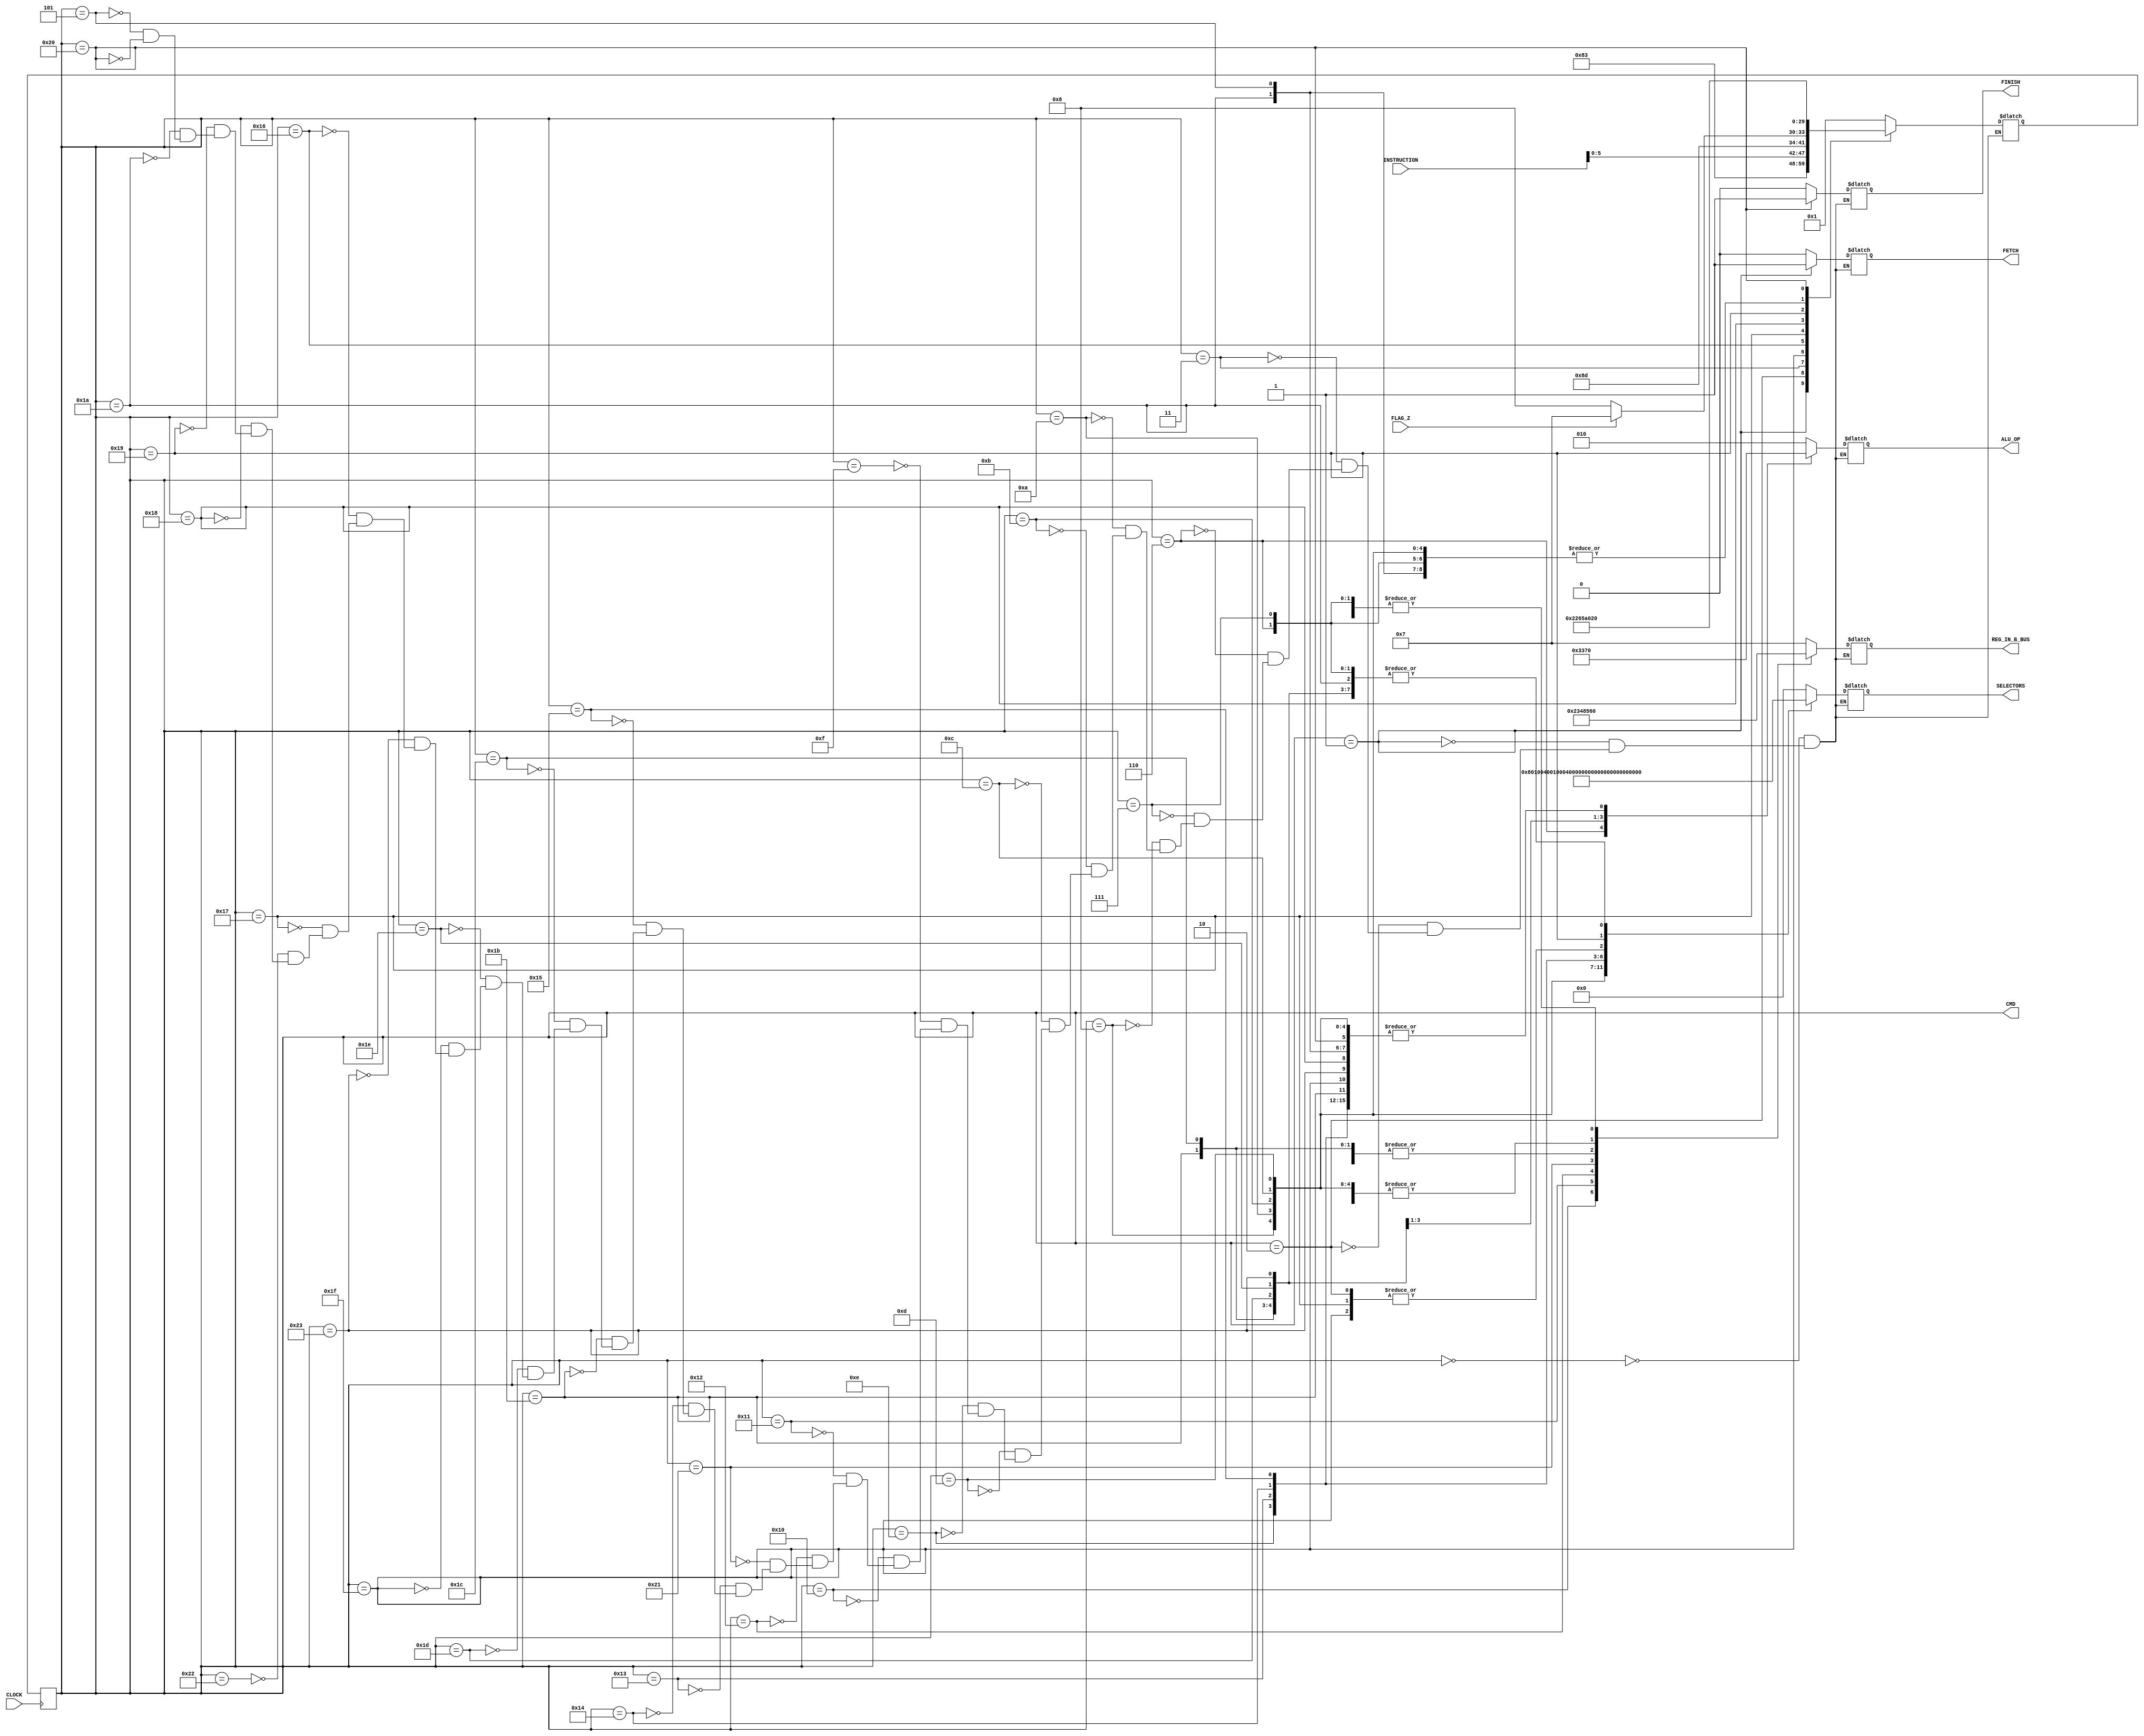
module CONTROL_UNIT
(
    input CLOCK, FLAG_Z,
    input [7:0] INSTRUCTION,
    output reg FETCH, FINISH = 0,
    output [5:0] CMD,
    output reg [3:0] REG_IN_B_BUS,
    output reg [2:0] ALU_OP,
    output reg [12:0] SELECTORS
);

    localparam
    FETCH1 = 6'd0, FETCH2 = 6'd1, FETCH3 = 6'd2, FETCH4 = 6'd3,
    CLAC = 6'd6, LDAC = 6'd7, STAC = 6'd8,
    MVACR = 6'd10, MVACR1 = 6'd11, MVACR2 = 6'd12, MVACTR = 6'd13, MVACAR = 6'd14,
    MVR = 6'd15, MVR1 = 6'd16, MVR2 = 6'd17, MVTR = 6'd18, 
    MVAR = 6'd33,
    INCAR = 6'd19, INCR1 = 6'd20, INCR2 = 6'd21,
   
    JPNZ = 6'd22,
    JPNZY = 6'd23, JPNZY1 = 6'd34,
    JPNZN = 6'd24, JPNZN1 = 6'd25, JPNZN2 = 6'd26,
   
    ADD = 6'd27, SUB = 6'd28, MUL4 = 6'd29, DIV2 = 6'd30,    
    ADDM = 6'd31, ADDM1 = 6'd35,
    
    NOP = 6'd5, END = 6'd32;
    
    localparam
    DATA_FROM_RAM = 4'd0, PC = 4'd1, R1 = 4'd2, R2 = 4'd3, TR = 4'd4,
    R = 4'd5, AC = 4'd6, INSTRUCTIONS = 4'd7, AR = 4'd8;
    
    localparam
    ADDAB = 3'd0, SUBAB = 3'd1, PASS = 3'd2, ZER = 3'd3, MUL4A = 3'd5, DIV2A = 3'd6;
    
    reg [5:0] CONTROL_COMMAND;
    reg [5:0] NEXT_COMMAND = FETCH1;
    
    always @ (negedge CLOCK) CONTROL_COMMAND <= NEXT_COMMAND;
    
    always @ (CONTROL_COMMAND or FLAG_Z or INSTRUCTION)
        case(CONTROL_COMMAND)
            FETCH1: // Checked
                begin
                    FETCH <= 0;
                    FINISH <= 0;
                    REG_IN_B_BUS <= INSTRUCTIONS;
                    ALU_OP <= PASS;
                    SELECTORS <= 13'b0_0000_0000_0000;
                    NEXT_COMMAND <= FETCH2;
                end

            FETCH2: // Checked
                begin
                    FETCH <= 1;
                    FINISH <= 0;
                    REG_IN_B_BUS <= INSTRUCTIONS;
                    ALU_OP <= PASS;
                    SELECTORS <= 13'b0_0000_0000_0000;
                    NEXT_COMMAND <= FETCH3;
                end

            FETCH3: // Checked
                begin
                    FETCH <= 0;
                    FINISH <= 0;
                    REG_IN_B_BUS <= DATA_FROM_RAM;
                    ALU_OP <= PASS;
                    SELECTORS <= 13'b1_0000_0000_0000;
                    NEXT_COMMAND <= FETCH4;
                end

            FETCH4: // Checked
                begin
                    FETCH <= 0;
                    FINISH <= 0;
                    REG_IN_B_BUS <= DATA_FROM_RAM;
                    ALU_OP <= PASS;
                    SELECTORS <= 13'b0_0000_0000_0000;
                    NEXT_COMMAND <= INSTRUCTION[5:0];
                end

            CLAC: // Checked
                begin
                    FETCH <= 0;
                    FINISH <= 0;
                    REG_IN_B_BUS <= DATA_FROM_RAM;
                    ALU_OP <= ZER;
                    SELECTORS <= 13'b0_0000_0000_0010;
                    NEXT_COMMAND <= FETCH1;
                end

            LDAC: // Checked
                begin
                    FETCH <= 0;
                    FINISH <= 0;
                    REG_IN_B_BUS <= DATA_FROM_RAM;
                    ALU_OP <= PASS;
                    SELECTORS <= 13'b0_0000_0000_0010;
                    NEXT_COMMAND <= FETCH1;
                end

            STAC: // Checked
                begin
                    FETCH <= 0;
                    FINISH <= 0;
                    REG_IN_B_BUS <= AC;
                    ALU_OP <= ADDAB;
                    SELECTORS <= 13'b0_0000_0000_0001;
                    NEXT_COMMAND <= FETCH1;
                end

            MVACR: // Checked
                begin
                    FETCH <= 0;
                    FINISH <= 0;
                    REG_IN_B_BUS <=3'd6;
                    ALU_OP <= ADDAB;
                    SELECTORS <= 13'b0_0000_0000_0100;
                    NEXT_COMMAND <= FETCH1;
                end

            MVACR1: // Checked
                begin
                    FETCH <= 0;
                    FINISH <= 0;
                    REG_IN_B_BUS <= AC;
                    ALU_OP <= ADDAB;
                    SELECTORS <= 13'b0_0000_0010_0000;
                    NEXT_COMMAND <= FETCH1;
                end

            MVACR2: // Checked
                begin
                    FETCH <= 0;
                    FINISH <= 0;
                    REG_IN_B_BUS <= AC;
                    ALU_OP <= ADDAB;
                    SELECTORS <= 13'b0_0000_0001_0000;
                    NEXT_COMMAND <= FETCH1;
                end

            MVACTR: // Checked
                begin
                    FETCH <= 0;
                    FINISH <= 0;
                    REG_IN_B_BUS <= AC;
                    ALU_OP <= ADDAB;
                    SELECTORS <= 13'b0_0000_0000_1000;
                    NEXT_COMMAND <= FETCH1;
                end

            MVACAR: // Checked
                begin
                    FETCH <= 0;
                    FINISH <= 0;
                    REG_IN_B_BUS <= AC;
                    ALU_OP <= ADDAB;
                    SELECTORS <= 13'b0_0000_1000_0000;
                    NEXT_COMMAND <= FETCH1;
                end

            MVR: // Checked
                begin
                    FETCH <= 0;
                    FINISH <= 0;
                    REG_IN_B_BUS <= R;
                    ALU_OP <= PASS;
                    SELECTORS <= 13'b0_0000_0000_0010;
                    NEXT_COMMAND <= FETCH1;
                end
            
            MVR1: // Checked
                begin
                    FETCH <= 0;
                    FINISH <= 0;
                    REG_IN_B_BUS <= R1;
                    ALU_OP <= PASS;
                    SELECTORS <= 13'b0_0000_0000_0010;
                    NEXT_COMMAND <= FETCH1;
                end
            
            MVR2: // Checked
                begin
                    FETCH <= 0;
                    FINISH <= 0;
                    REG_IN_B_BUS <= R2;
                    ALU_OP <= PASS;
                    SELECTORS <= 13'b0_0000_0000_0010;
                    NEXT_COMMAND <= FETCH1;
                end
            
            MVTR: // Checked
                begin
                    FETCH <= 0;
                    FINISH <= 0;
                    REG_IN_B_BUS <= TR;
                    ALU_OP <= PASS;
                    SELECTORS <= 13'b0_0000_0000_0010;
                    NEXT_COMMAND <= FETCH1;
                end
                
            MVAR: // Checked
                begin
                    FETCH <= 0;
                    FINISH <= 0;
                    REG_IN_B_BUS <= AR;
                    ALU_OP <= PASS;
                    SELECTORS <= 13'b0_0000_0000_0010;
                    NEXT_COMMAND <= FETCH1;
                end

            INCAR: // Checked
                begin
                    FETCH <= 0;
                    FINISH <= 0;
                    REG_IN_B_BUS <= DATA_FROM_RAM;
                    ALU_OP <= ADDAB;
                    SELECTORS <= 13'b0_0001_0000_0000;
                    NEXT_COMMAND <= FETCH1;
                end

            INCR1: // Checked
                begin
                    FETCH <= 0;
                    FINISH <= 0;
                    REG_IN_B_BUS <= DATA_FROM_RAM;
                    ALU_OP <= ADDAB;
                    SELECTORS <= 13'b0_1000_0000_0000;
                    NEXT_COMMAND <= FETCH1;
                end

            INCR2: // Checked
                begin
                    FETCH <= 0;
                    FINISH <= 0;
                    REG_IN_B_BUS <= DATA_FROM_RAM;
                    ALU_OP <= ADDAB;
                    SELECTORS <= 13'b0_0100_0000_0000;
                    NEXT_COMMAND <= FETCH1;
                end

            ADD: // Checked
                begin
                    FETCH <= 0;
                    FINISH <= 0;
                    REG_IN_B_BUS <= R;
                    ALU_OP <= ADDAB;
                    SELECTORS <= 13'b0_0000_0000_0010;
                    NEXT_COMMAND <= FETCH1;
                end

            SUB: // Checked
                begin
                    FETCH <= 0;
                    FINISH <= 0;
                    REG_IN_B_BUS <= R;
                    ALU_OP <= SUBAB;
                    SELECTORS <= 13'b0_0000_0000_0010;
                    NEXT_COMMAND <= FETCH1;
                end

            MUL4: // Checked
                begin
                    FETCH <= 0;
                    FINISH <= 0;
                    REG_IN_B_BUS <= DATA_FROM_RAM;
                    ALU_OP <= MUL4A;
                    SELECTORS <= 13'b0_0000_0000_0010;
                    NEXT_COMMAND <= FETCH1;
                end

            DIV2: // Checked
                begin
                    FETCH <= 0;
                    FINISH <= 0;
                    REG_IN_B_BUS <= DATA_FROM_RAM;
                    ALU_OP <= DIV2A;
                    SELECTORS <= 13'b0_0000_0000_0010;
                    NEXT_COMMAND <= FETCH1;
                end

            ADDM: // Checked
                begin
                    FETCH <= 0;
                    FINISH <= 0;
                    REG_IN_B_BUS <= INSTRUCTIONS;
                    ALU_OP <= ADDAB;
                    SELECTORS <= 13'b1_0000_0000_0000;
                    NEXT_COMMAND <= ADDM1;
                end

            ADDM1: // Checked
                begin
                    FETCH <= 0;
                    FINISH <= 0;
                    REG_IN_B_BUS <= INSTRUCTIONS;
                    ALU_OP <= ADDAB;
                    SELECTORS <= 13'b0_0000_0000_0010;
                    NEXT_COMMAND <= FETCH1;
                end

            JPNZ: // Checked
                begin
                    FETCH <= 0;
                    FINISH <= 0;
                    REG_IN_B_BUS <= DATA_FROM_RAM;
                    ALU_OP <= PASS;
                    SELECTORS <= 13'b0_0000_0000_0000;
                    NEXT_COMMAND <= (FLAG_Z) ? JPNZY : JPNZN;
                end

            JPNZY: // Checked
                begin
                    FETCH <= 0;
                    FINISH <= 0;
                    REG_IN_B_BUS <= DATA_FROM_RAM;
                    ALU_OP <= PASS;
                    SELECTORS <= 13'b1_0000_0000_0000;
                    NEXT_COMMAND <= JPNZY1;
                end
                
            JPNZY1: // Checked
                begin
                    FETCH <= 0;
                    FINISH <= 0;
                    REG_IN_B_BUS <= DATA_FROM_RAM;
                    ALU_OP <= PASS;
                    SELECTORS <= 13'b0_0000_0000_0000;
                    NEXT_COMMAND <= FETCH1;
                end

            JPNZN: // Checked
                begin
                    FETCH <= 0;
                    FINISH <= 0;
                    REG_IN_B_BUS <= INSTRUCTIONS;
                    ALU_OP <= ADDAB;
                    SELECTORS <= 13'b0_0000_0000_0000;
                    NEXT_COMMAND <= JPNZN1;
                end

            JPNZN1: // Checked
                begin
                    FETCH <= 0;
                    FINISH <= 0;
                    REG_IN_B_BUS <= INSTRUCTIONS;
                    ALU_OP <= PASS;
                    SELECTORS <= 13'b0_0000_0100_0000;
                    NEXT_COMMAND <= JPNZN2;
                end

            JPNZN2: // Checked
                begin
                    FETCH <= 0;
                    FINISH <= 0;
                    REG_IN_B_BUS <= AC;
                    ALU_OP <= ADDAB;
                    SELECTORS <= 13'b0_0000_0000_0010;
                    NEXT_COMMAND <= FETCH1;
                end

            NOP: // Checked
                begin
                    FETCH <= 0;
                    FINISH <= 0;
                    REG_IN_B_BUS <= DATA_FROM_RAM;
                    ALU_OP <= ADDAB;
                    SELECTORS <= 13'b0_0000_0000_0000;
                    NEXT_COMMAND <= FETCH1;
                end

            END: // Checked
                begin
                    FETCH <= 0;
                    FINISH <= 1;
                    REG_IN_B_BUS <= DATA_FROM_RAM;
                    ALU_OP <= ADDAB;
                    SELECTORS <= 13'b0_0000_0000_0000;
                    NEXT_COMMAND <= END;
                end

        endcase

    assign CMD = CONTROL_COMMAND;

endmodule